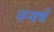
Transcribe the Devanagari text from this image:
पार्‍याची